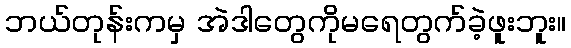
ဘယ်တုန်းကမှ အဲဒါတွေကိုမရေတွက်ခဲ့ဖူးဘူး။